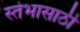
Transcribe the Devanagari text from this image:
स्तंभासाठी